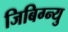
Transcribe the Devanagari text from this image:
जिबिग्न्यु